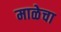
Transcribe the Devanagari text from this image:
माळेचा